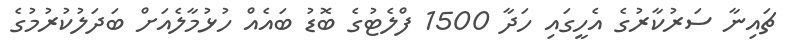
ޗައިނާ ސަރުކާރުގެ އެހީގައި ހަދާ 1500 ފްލެޓުގެ ބޮޑު ބައެއް ހުޅުމާލެއަށް ބަދަލުކުރުމުގެ